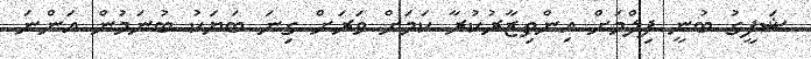
ޝަފީގު ބުނީ ފިލްމަށް އިންތިޒާރުކުރާ ކަމަށް ވަރަށް ގިނަ ބަޔަކު ބުނަމުން އަންނަ